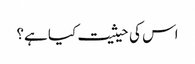
اس کی حیثیت کیا ہے؟